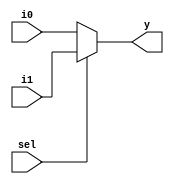
module mux2in (i0, i1, sel , y);
  input [4:0] i0, i1;
  input sel;
  output [4:0] y;
  
  assign y = sel ? i1 : i0;
  
endmodule